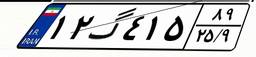
۱۲گ۴۱۵۸۹